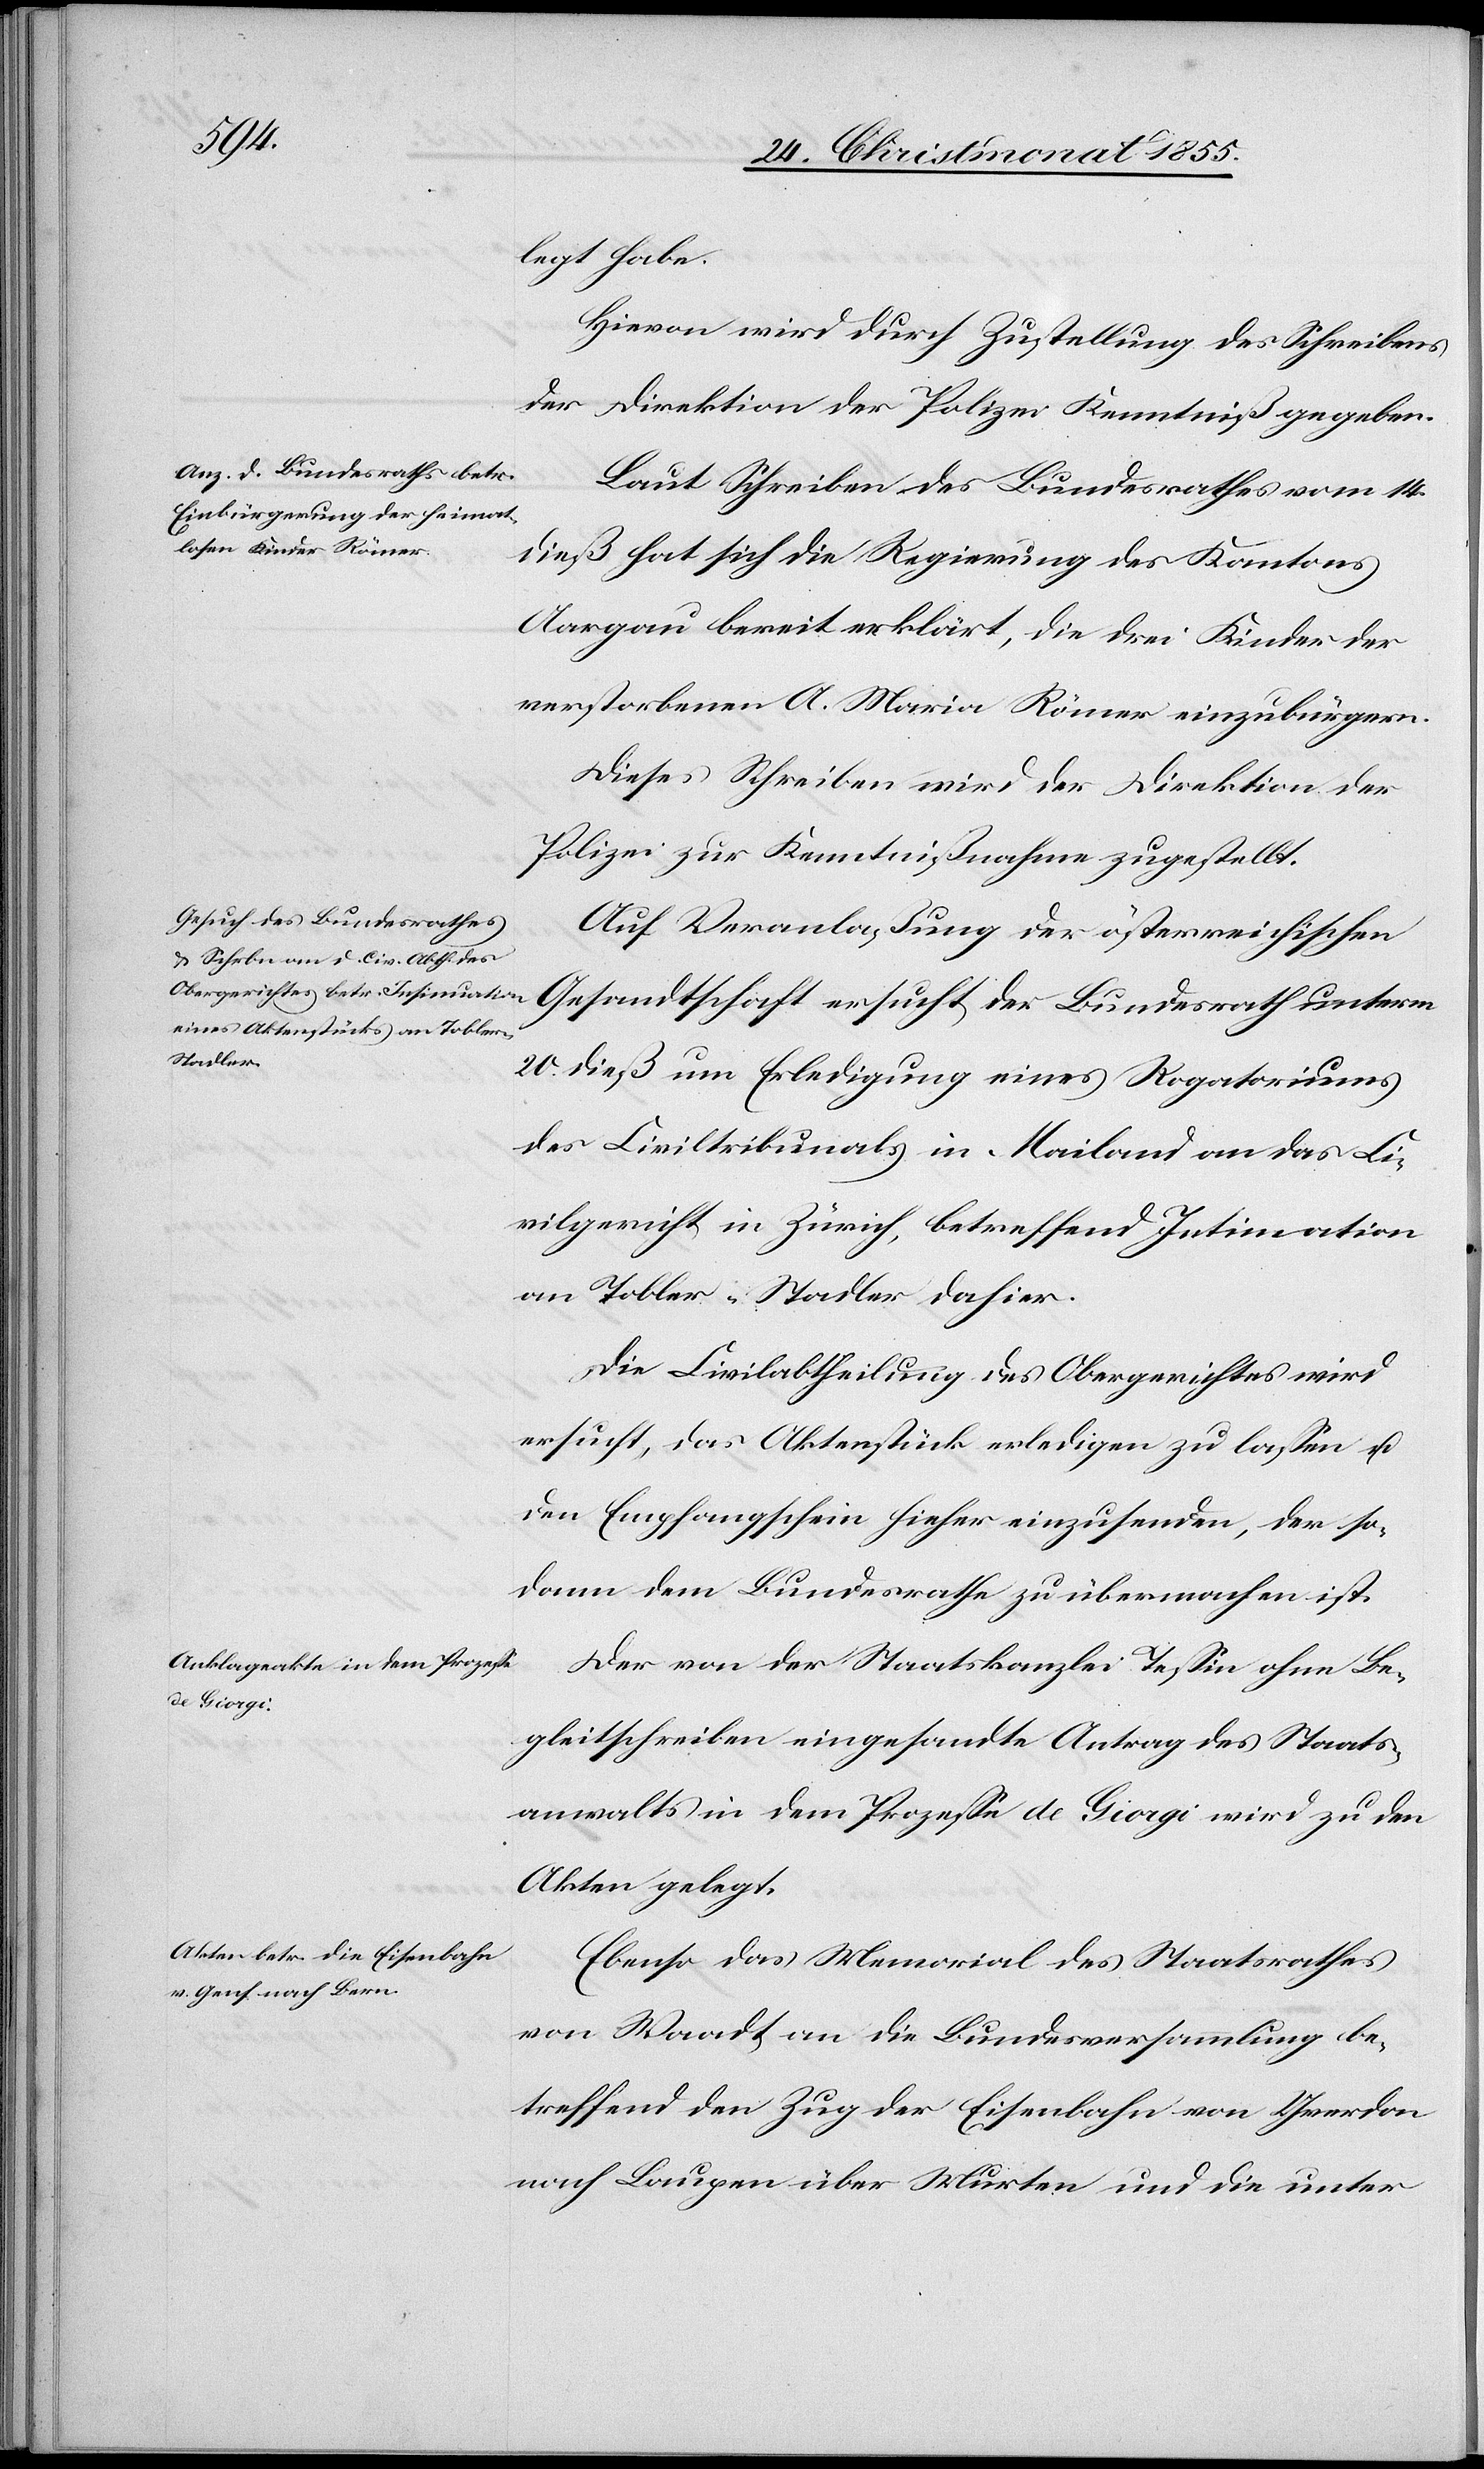
legt habe.
Hievon wird durch Zustellung des Schreibens
der Direktion der Polizei Kenntniß gegeben.
Laut Schreiben des Bundesrathes vom 14.
dieß hat sich die Regierung des Kantons
Aargau bereit erklärt, die drei Kinder der
verstorbenen A. Maria Römer einzubürgern.
Dieses Schreiben wird der Direktion der
Polizei zur Kenntnißnahme zugestellt.
Auf Veranlaßung der österreichischen
Gesandtschaft ersucht der Bundesrath unterm
20. dieß um Erledigung eines Rogatoriums
des Civiltribunals in Mailand an das Ci¬
vilgericht in Zürich, betreffend Intimation
an Tobler-Stadler dahier.
Die Civilabtheilung des Obergerichtes wird
ersucht, das Aktenstück erledigen zu lassen u.
den Empfangschein hieher einzusenden, der so¬
dann dem Bundesrathe zu übermachen ist.
Der von der Staatskanzlei Tessin ohne Be¬
gleitschreiben eingesandte Antrag des Staats¬
anwalts in dem Prozesse de Giorgi wird zu den
Akten gelegt.
Ebenso das Memorial des Staatsrathes
von Waadt an die Bundesversammlung be¬
treffend den Zug der Eisenbahn von Yverdon
nach Laupen über Murten und die unter